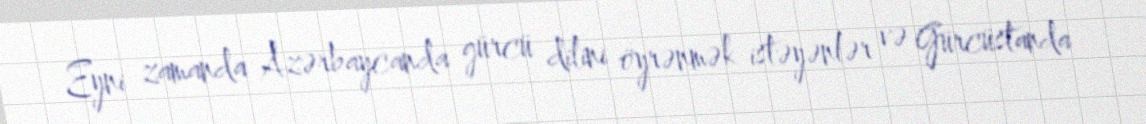
Eyni zamanda Azərbaycanda gürcü dilini öyrənmək istəyənlər və Gürcüstanda